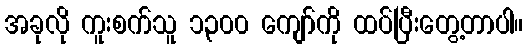
အခုလို ကူးစက်သူ ၁,၃၀၀ ကျော်ကို ထပ်ပြီးတွေ့တာပါ။